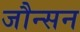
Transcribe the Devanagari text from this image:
जौन्सन